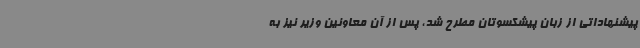
پیشنهاداتی از زبان پیشکسوتان مطرح شد، پس از آن معاونین وزیر نیز به